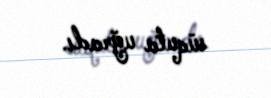
süquta uğradı.